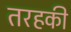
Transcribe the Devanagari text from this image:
तरहकी